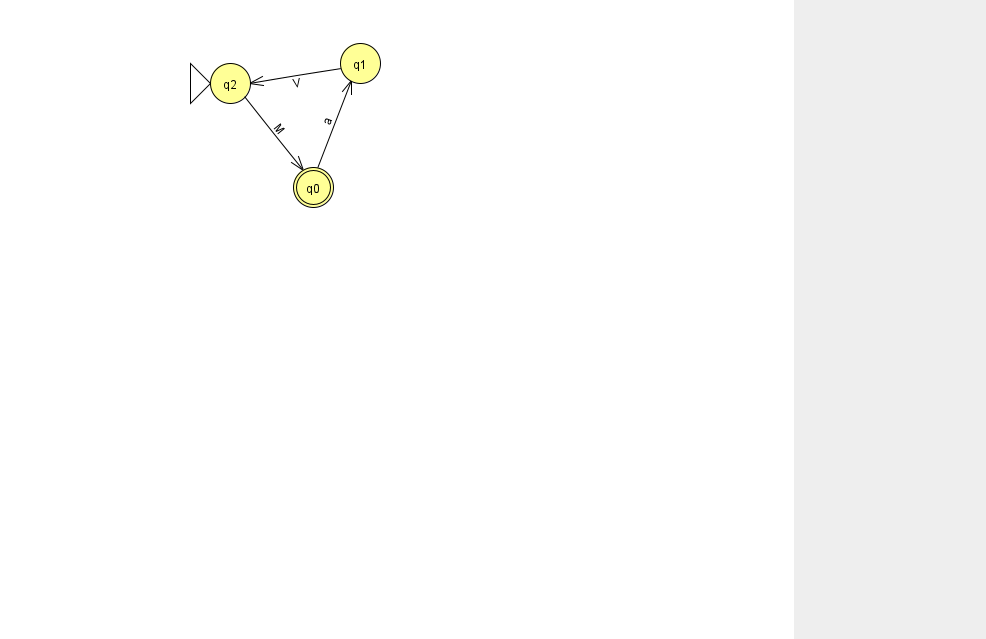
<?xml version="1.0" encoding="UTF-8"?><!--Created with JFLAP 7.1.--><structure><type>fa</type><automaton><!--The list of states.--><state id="0" name="q0"><x>313.0</x><y>174.0</y><final/></state><state id="1" name="q1"><x>360.0</x><y>50.0</y></state><state id="2" name="q2"><x>230.0</x><y>70.0</y><initial/></state><!--The list of transitions.--><transition><from>2</from><to>0</to><read>M</read></transition><transition><from>0</from><to>1</to><read>a</read></transition><transition><from>1</from><to>2</to><read>V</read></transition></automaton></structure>